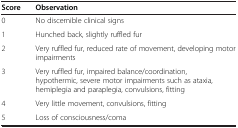
| Score | Observation |
 | --- | --- |
 | 0 | No discernible clinical signs |
 | 1 | Hunched back, slightly ruffled fur |
 | 2 | Very ruffled fur, reduced rate of movement, developing motor impairments |
 | 3 | Very ruffled fur, impaired balance/coordination, hypothermic, severe motor impairments such as ataxia, hemiplegia and paraplegia, convulsions, fitting |
 | 4 | Very little movement, convulsions, fitting |
 | 5 | Loss of consciousness/coma |